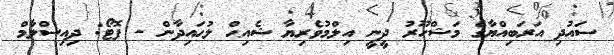
ސައުދި އަރަބިއްޔާގެ މަޝްހޫރު ދީނީ އިލްމުވެރިޔާ ޝެއިޙް ލުޙައިދާން - ފޮޓޯ: ދިއިސްލާމް